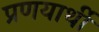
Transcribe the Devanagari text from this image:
प्रणयार्थी